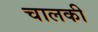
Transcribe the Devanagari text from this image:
चालकी